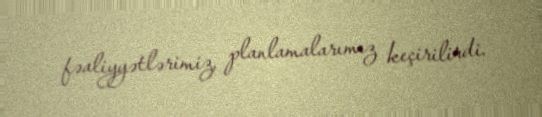
fəaliyyətlərimiz, planlamalarımız keçirilirdi.